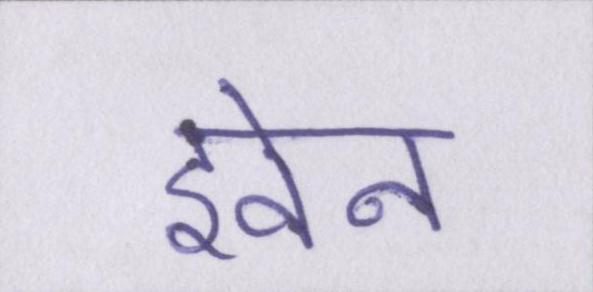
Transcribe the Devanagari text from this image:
इवेन